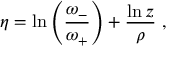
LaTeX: \eta = \ln \left( \frac { \omega _ { - } } { \omega _ { + } } \right) + \frac { \ln z } { \rho } \ ,